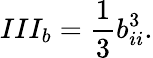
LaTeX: III_{b}=\frac{1}{3}b_{ii}^{3}.